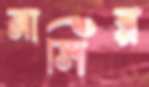
নাসির